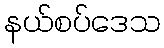
နယ်စပ်ဒေသ